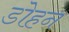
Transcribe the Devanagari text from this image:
डोहन